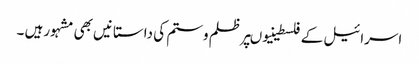
اسرائیل کے فلسطینیوںپرظلم وستم کی داستانیں بھی مشہورہیں ۔